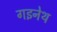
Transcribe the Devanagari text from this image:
गइनेथ